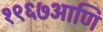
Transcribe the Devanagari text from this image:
१९६७आणि